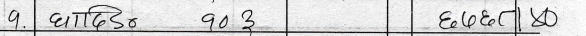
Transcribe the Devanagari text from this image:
9. घाटि दुर 903 छोछत २०